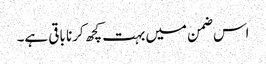
اس ضمن میں بہت کچھ کرنا باقی ہے۔